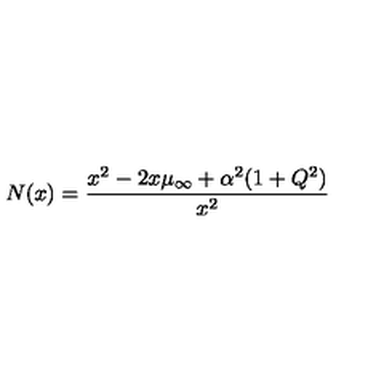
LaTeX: N ( x ) = { \frac { x ^ { 2 } - 2 x \mu _ { \infty } + \alpha ^ { 2 } ( 1 + Q ^ { 2 } ) } { x ^ { 2 } } }